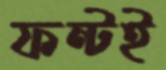
ফন্টই